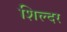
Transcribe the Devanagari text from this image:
शिल्दर